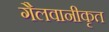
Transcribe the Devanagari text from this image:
गैलवानीकृत